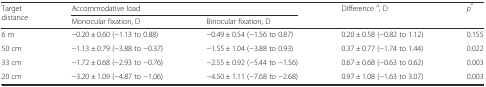
| <ROWSPAN=2> Target distance | <COLSPAN=2> Accommodative load | <ROWSPAN=2> Difference a, D | <ROWSPAN=2> p* |
 | Monocular fixation, D | Binocular fixation, D |
 | --- | --- | --- | --- | --- |
 | 6 m | −0.20 ± 0.60 (−1.13 to 0.88) | −0.49 ± 0.54 (−1.56 to 0.87) | 0.20 ± 0.58 (−0.82 to 1.12) | 0.155 |
 | 50 cm | −1.13 ± 0.79 (−3.88 to −0.37) | −1.55 ± 1.04 (−3.88 to 0.93) | 0.37 ± 0.77 (−1.74 to 1.44) | 0.022 |
 | 33 cm | −1.72 ± 0.68 (−2.93 to −0.76) | −2.55 ± 0.92 (−5.44 to −1.56) | 0.67 ± 0.68 (−0.63 to 0.62) | 0.003 |
 | 20 cm | −3.20 ± 1.09 (−4.87 to −1.06) | −4.50 ± 1.11 (−7.68 to −2.68) | 0.97 ± 1.08 (−1.63 to 3.07) | 0.003 |